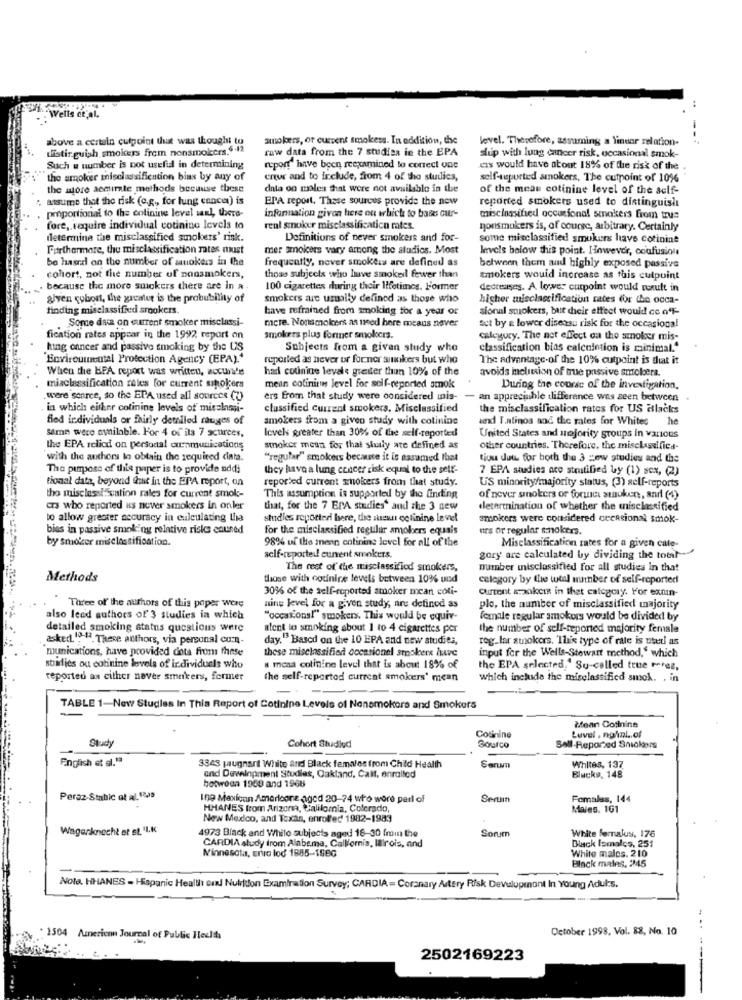
Wells et al.
above a certain cutpoint that was thought to
smokers, or current smokess. In addition, the
level. Therefore, assuming a linear relation-
distinguish smokers from nonsmokers.9:12
raw data from the 7 studies in the EPA
shup with lung cancer risk, occasional smok-
Such e number is not usefid in determining
report" have been recimined to correct one
ens would have atont 18% of the risk of the
the smoker misclassification bias by any of
ertur and to include, from 4 of the studies,
self-reported smokers, The cutpoint of 10%
the store aemirate methods because these
data on moles that were not available in the
of the mean cotinine level of the aelf-
. assume that the risk (o.g ., for lung cancer) is
EPA report, These sources provide the new
reported smokers used to distinguislı
proportional to the colinine level sarl, there-
information given here ou which to bases our-
misclassified occasional smokers from true
fore, require individual cotinine levels to
real smoker misclassification rates.
nonsmokers is, of course, arbitrary. Certainly
determina the misclassified smokers' rink.
Definitions of never smokers and for-
some misclassified smukurs have cotinine
Furthermore, the misclassification rates must
mer smokers vary among the studies. Most
levels below this point. However, confusion
be hasrd on the number of smokers in the
frequently, nover smokers are defined as
between them and highly exposed passive
cohort, not the number of nonsmokers,
those subjects who lave smokeil fewer than
tmokers would increase as this cutpoint
because the more stickers there are in a .
100 cigarettes during their lifetimes. Former
decreases. A lower curpoint would conult in
given cybort, the gacater is the probubility of
Smokers are usually defined as those who
higher misclassification rates for the occa-
finding misclassified smookers.
have refrained from smoking for a year or
sioruil smokers, but their effect would co off-
Sore das on current smoker misclassi-
mcre. Nonsmokers as used here meaus never
set by & lower disease risk for the occasional
fication rates appear in the 1992 report on
smokers plus former smokers.
calegury. The net effect oa the smoker mis-
king cancer and passive smoking by the US
Sthjects from a given study who
classification bias calcuintion is minimal."
Environmental Protection Agency (EPA)."
reported as hever or forner suikers but who
The advantage-of the 10% cutpoint is that it
When the HPA report was written, accura'e
har counine levale greater than 10% of the
avoids inclusion of true passive smolera.
misclassification rales for current sipolcers
mean colinines level for self-reported smok
During the course of the investigation.
were source, so the EPA used all sources (2)
ers from that study were considered mnis-
- an appreciable difference was seen between
in which either cotinine levels of mischmi-
classified current smokers. Misclassified
the misclassification rates for US atlacks
fled individuals or fairly detiled rouges of
smokers from a given study with cotining
and Tantinos and the rates for Whites he
Same were available. For 4 of its 7 sources,
levels greater than 30% of the self-reported
United States and sejority groups in various
the EPA reliod on personal communications
smoker mean for that shly are defined as
other countries. Therefore, the misclassifica-
with the authors lo obtain the required ciata.
"regular" smokers because it is assumed that
tiou duti for both the 3 zew studies and the
The purpose of this paper is to provide addi
they have a lung cancer risk equal to the self-
7 EPA studies are stratified by (1) sex, (2)
tional data, beyond fiat in the EPA report, on
reported current smokers from that study.
US minority/majority status, (3) self-reports
tho misclassification rales for current smoke-
This assumption is supported by the finding
of never smokers or fornes sunoken, and (+)
as who reported us never smokers in onler
that, for the 7 EPA studies' and the 3 new
determination of whether the misclassified
to allow greater accuracy in euleulating Lina
studies reporteri here, the suewu colinine level
smokers were considered cecational smok-
bias in passive smoking relative risks enuned
for the misclassified regular smokers equais
urs or regular snokers.
by smoker misclassification.
98% of the menn cotining level for all of the
Misclassification rates for a given cate-
self-reporteil cunent smokers.
gory are calculated by dividing the total
The rest of the misclassiflod smokers,
number inisclassified for all studies in that
Methods
those with codnine levels between 10% und
celegory by the total number of self-reported
30% of the self-reported smoker mean coli-
Current s-pokeis in thet category. For exoin-
Three of the authors of this paper were
ning level for a given study, are defined as
plo, the number of misclassified majority
also leed authors of 3 studies in which
"occasions!" smokers. This would be equiv-
female regular smokers would be divided by
detailed smoking status questions were
alent to smoking about 1 to 4 cigarettes per
the number of self-reported majority female
asked. 19-1. These authors, via personal cu.n.
day."Based on the 10 EPA and new studies,
reg_lar stokers. This type of rate is usetl as
munications, have provided dota from these
these misclassified cocationel smokers itve
input for the Wells-Stewart method," which
stilies ou cotinine levels of individuels who
a mcad colinine level that is about 18% of
the EPA selected." Su-called true perez,
reported as cither never smakers, fermer
the self-reported current smokers' mean
which include the misclassified smok. , in
-
TABLE 1-New Studies In This Report of Cotinine Levels of Nonsmokers and Smokers
-
Mean Cotinine
Colinine
Luvel , normal .. of
Cohort Studied
Sourco
Soll-Reported Snickers
English et al.1ª
3343 prugnart White and Black females from Child Health
Whites. 137
and Development St
ament Studies, Oakland, Call, enrolled
Blueks, 148
between 1950 and 1968
Peraz-Stabic at al. 1229
In9 Mexican Americane aged 20-74 who wore perl of
Serum
Females, 144
HHANES from Arizona, California, Colorado,
Mains. 161
New Mexico, and Texas, enrolled 1982-1983
Wagenknecht et st. "L.K
4973 Black and White subjects aged 16-30 fmin the
Sorum
White femalus, 176
CARDIA study from Alabama, Call/ornis, Iallrois, and
Minnesota, erro lod 1885-1586
White males. 210
Black lomalcs, 251
Black males. 245
Note. HHANES - Hispanic Health en Nutrition Examination Survey; CARDIA= Coronary Artery Risk Devulupmont In Young Adults.
October 1998, Vol. 88, No. 10
: 1504 American Journal of Public Heult
2502169223